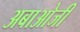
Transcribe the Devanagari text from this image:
अबाओजी